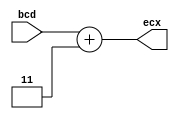
`timescale 1ns / 1ps
//////////////////////////////////////////////////////////////////////////////////
// Company: 
// Engineer: 
// 
// Design Name: 
// Module Name: excess3
// Project Name: 
// Target Devices: 
// Tool Versions: 
// Description: 
// 
// Dependencies: 
// 
// Revision:
// Revision 0.01 - File Created
// Additional Comments:
// 
//////////////////////////////////////////////////////////////////////////////////


module excess3(bcd,ecx);
input [2:0] bcd;
output reg [2:0] ecx;

always @(bcd) 
    ecx = bcd +3;
 

endmodule